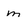
Character: m